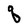
Character: q